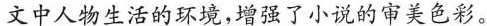
文中人物生活的环境,增强了小说的审美色彩。